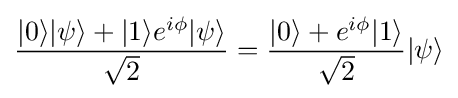
{\frac {|0\rangle |\psi \rangle +|1\rangle e^{i\phi }|\psi \rangle }{\sqrt {2}}}={\frac {|0\rangle +e^{i\phi }|1\rangle }{\sqrt {2}}}|\psi \rangle